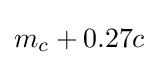
m_{c}+0.27c